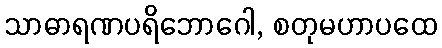
သာဓာရဏပရိဘောဂေါ, စတုမဟာပထေ